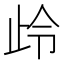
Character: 㱓